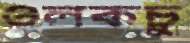
ওলকচু